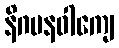
နိဂမနဝါကျေ